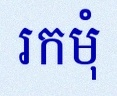
រកមុំ